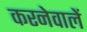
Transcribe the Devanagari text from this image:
करनेवालें